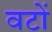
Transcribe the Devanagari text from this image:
वटों